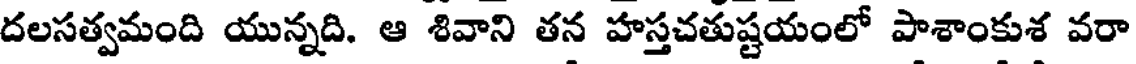
దలసత్వమంది యున్నది. ఆ శివాని తన హస్తచతుష్టయంలో పాశాంకుశ వరా